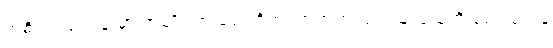
အဓိက လုပ်ငန်းမှာ အမျိုးသားရေးတိုက်ပွဲအတွက် ပြည်သူလူထုကို စည်းရုံးရန်